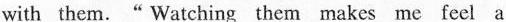
with them. “Watching them makes me feel a c